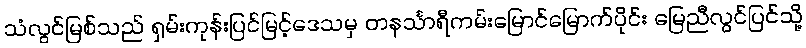
သံလွင်မြစ်သည် ရှမ်းကုန်းပြင်မြင့်ဒေသမှ တနင်္သာရီကမ်းမြောင်မြောက်ပိုင်း မြေညီလွင်ပြင်သို့